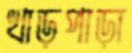
খাড়পাড়া